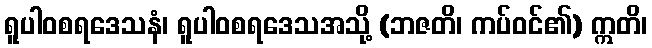
ရူပါဝစရဒေသနံ၊ ရူပါဝစရဒေသအသို့ (ဘဇတိ၊ ကပ်ဝင်၏) ဣတိ၊